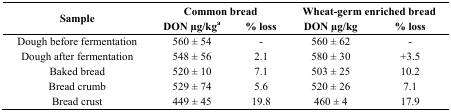
<table><thead><tr><td rowspan="2"><b>Sample</b></td><td colspan="2"><b>Common bread</b></td><td colspan="2"><b>Wheat-germ enriched bread</b></td></tr><tr><td><b>DON μg/kg<sup>a</sup></b></td><td><b>% loss</b></td><td><b>DON μg/kg</b></td><td><b>% loss</b></td></tr></thead><tbody><tr><td>Dough before fermentation</td><td>560 ± 54</td><td>-</td><td>560 ± 62</td><td>-</td></tr><tr><td>Dough after fermentation</td><td>548 ± 56</td><td>2.1</td><td>580 ± 30</td><td>+3.5</td></tr><tr><td>Baked bread</td><td>520 ± 10</td><td>7.1</td><td>503 ± 25</td><td>10.2</td></tr><tr><td>Bread crumb</td><td>529 ± 74</td><td>5.6</td><td>520 ± 26</td><td>7.1</td></tr><tr><td>Bread crust</td><td>449 ± 45</td><td>19.8</td><td>460 ± 4</td><td>17.9</td></tr></tbody></table>